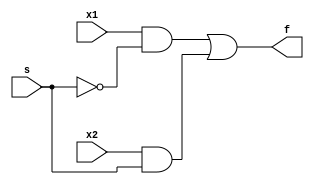
`timescale 1ns / 1ps
//////////////////////////////////////////////////////////////////////////////////
// Company: 
// Engineer: 
// 
// Design Name: 
// Module Name: MUX_2x1_GL
// Project Name: 
// Target Devices: 
// Tool Versions: 
// Description: 
// 
// Dependencies: 
// 
// Revision:
// Revision 0.01 - File Created
// Additional Comments:
// 
///////////////////////////////// /////////////////////////////////////////////////

// Gate-Level Modeling 


module MUX_2x1_GL(

input x1,x2,s,
output f 
    );
    
    not N1(sn,s);
    and A0(g0,x1,sn);
    and A1(g1,x2,s);
    or O0(f,g0,g1);
endmodule